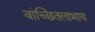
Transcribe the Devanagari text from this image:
वांच्छितलाभाय